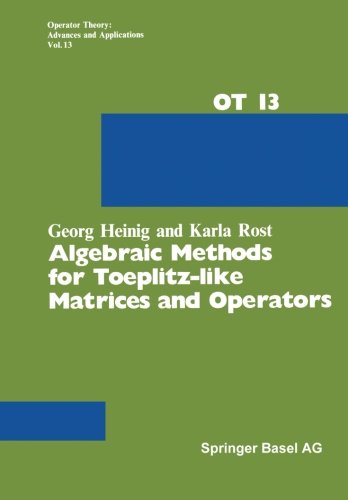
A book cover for Algebraic Methods for Toeplitz-like Matrices and Operators (Operator Theory: Advances and Applications); G. Heinig; Science & Math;